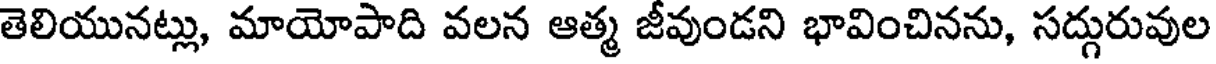
తెలియునట్లు, మాయోపాది వలన ఆత్మ జీవుండని భావించినను, సద్గురువుల